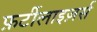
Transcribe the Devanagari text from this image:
फ़र्टीलाइज़र्स